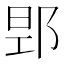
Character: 𮟻